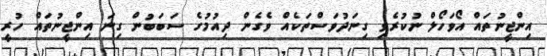
އިންޖީނުތައް އޯވަހޯލް ނުކުރެވި ގިނަދުވަސްތަކެއް ވެގެން ދިއުމުގެ ސަބަބުން ގިނަ އިންޖީނުތައް ހުރީ